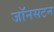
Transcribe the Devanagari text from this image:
जॉनसटन